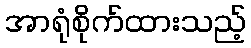
အာရုံစိုက်ထားသည့်